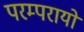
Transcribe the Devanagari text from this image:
परम्परायों